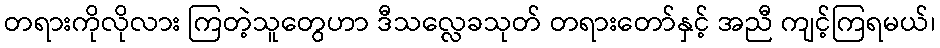
တရားကိုလိုလား ကြတဲ့သူတွေဟာ ဒီသလ္လေခသုတ် တရားတော်နှင့် အညီ ကျင့်ကြရမယ်၊